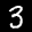
Label: 3